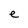
Character: e